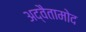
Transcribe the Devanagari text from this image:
अद्वैतामोद